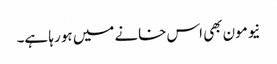
نیومون بھی اس خانے میں ہو رہا ہے۔